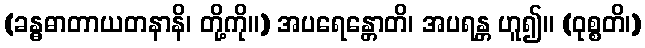
(ခန္ဓဓာတာယတနာနိ၊ တို့ကို။) အပရေန္တောတိ၊ အပရန္တ ဟူ၍။ (ဝုစ္စတိ၊)